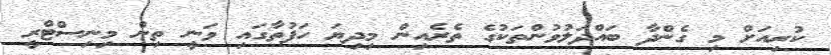
ކުރިއަށް މި ގެންދާ ބައްދަލުވުންތަކުގެ ތެރެއިން މިދިޔަ ހަފުތާގައި ވަނީ ތިން މިނިސްޓްރީ